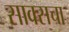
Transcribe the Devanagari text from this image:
साक्सचा